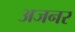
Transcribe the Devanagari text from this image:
अजनर